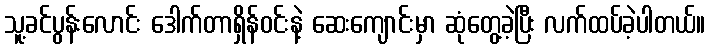
သူ့ခင်ပွန်းလောင်း ဒေါက်တာရှိန်ဝင်းနဲ့ ဆေးကျောင်းမှာ ဆုံတွေ့ခဲ့ပြီး လက်ထပ်ခဲ့ပါတယ်။